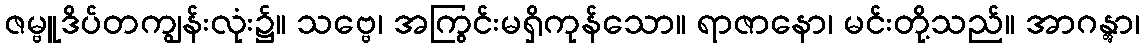
ဇမ္ဗူဒိပ်တကျွန်းလုံး၌။ သဗ္ဗေ၊ အကြွင်းမရှိကုန်သော။ ရာဇာနော၊ မင်းတို့သည်။ အာဂန္တွာ၊